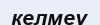
келмеу